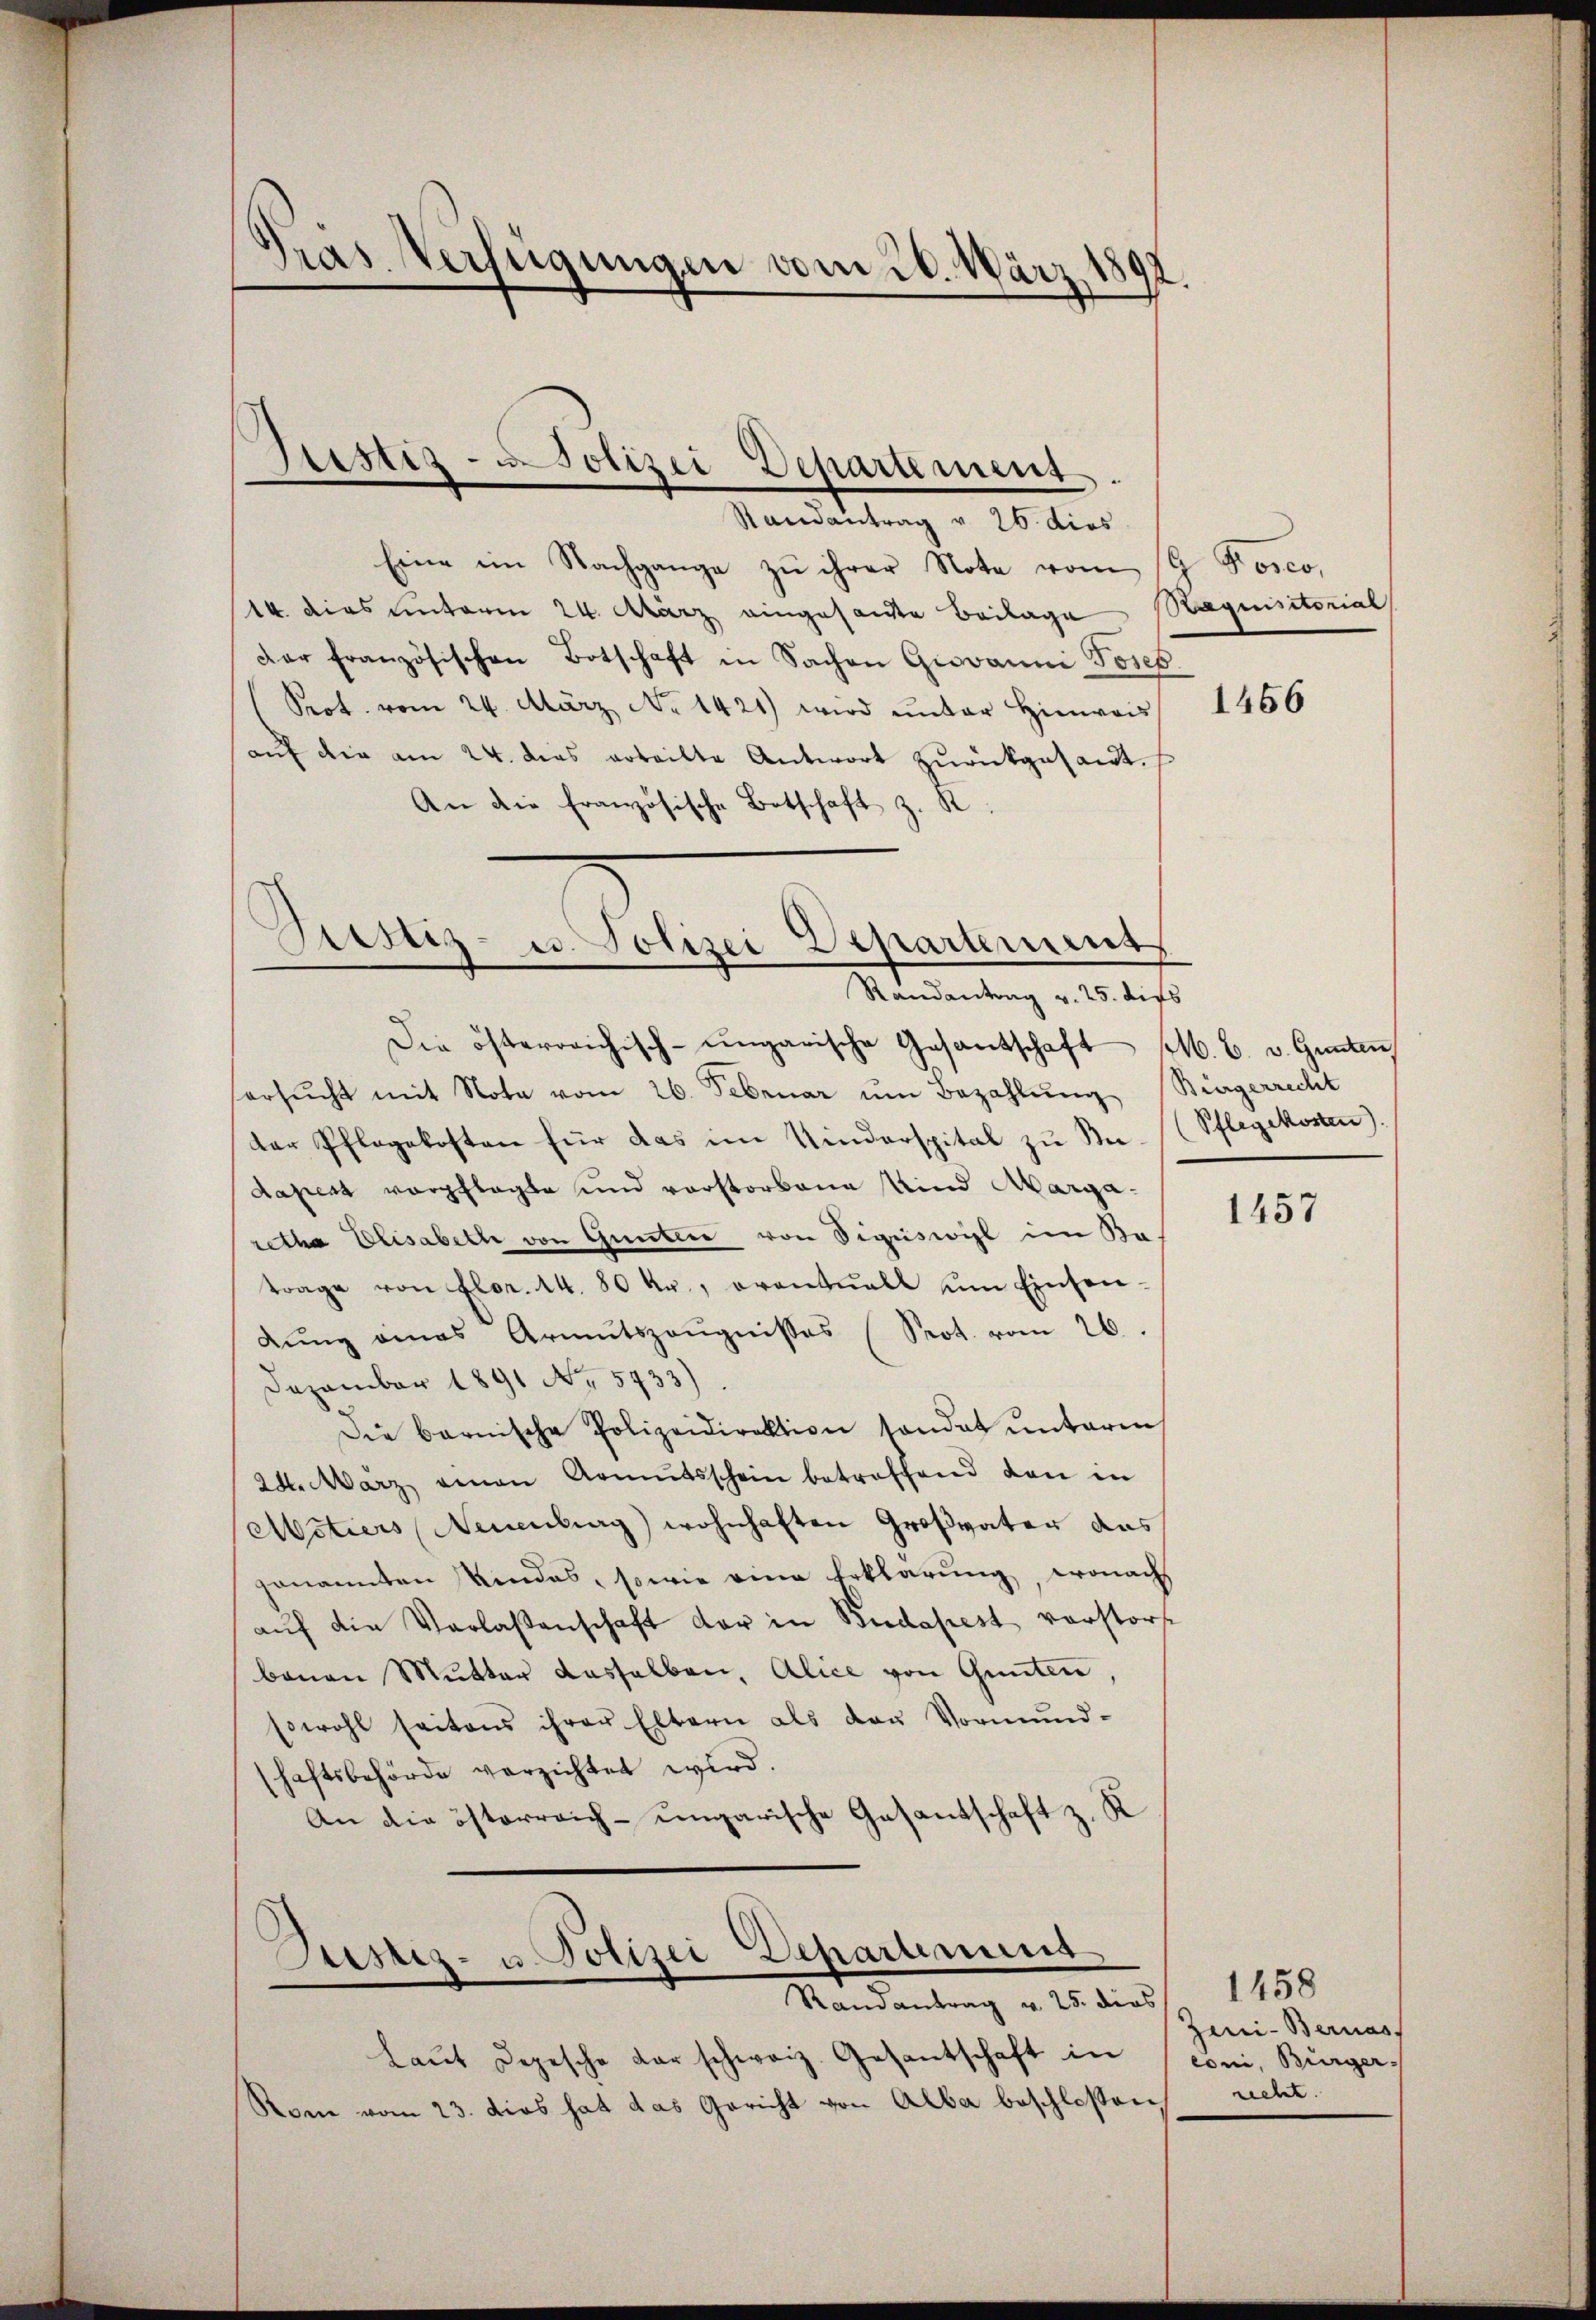
Gras Verfügungen vom 26. März 1892.

Eine im Nachgange zu ihrer Note vom 19 Dosco,
14. dies unterm 24. März eingesandte Beilage
der französischen Botschaft in Sachen Giovanni Josep
Prot. vom 24. März No. 1421) wird unter Hinweis
auf die am 24. dies erteilte Antwort zurückgesandt.
An die französische Botschaft z. R

.

Justiz - Polizei Departement.
Randantrag v. 26. dies

Justiz- u. Polizei Departement
Randantrag v. 25. dies

Justiz- u. Polizei Departimung
Randantrag u. 25. dies

laŭt Depesche darschweiz. Gesantschaft in
Rone vom 23. dies hat das Gericht von Alba beschloßen,

Requisitorial

Die österreichisch-ungarische Gesantschaft (M. C. v. Gunten,
ersŭcht mit Nota vom 26. Februar um Bezahlung Stiegerrecht
der Pflegekosten für das im Kinderspital zu Be- (Pflegekosten).
dapest vorgelagte und vorstorbene Unnd Margaretha Elisabethe von Guntere von Sigiswil im Sa
trage von Flor 14. 80 kr., eventuell ŭm Einsen-
dŭng eines Armutszeŭgnisses (Srot. vom 26.
Dezember 1891 No 5733).
Die barnische Polizeidirektion sondet unterm
24. März einen Armŭtsschein betreffend den in
Mitiers Neuenburg) wohnhaften Großvater das
genannten Kindes, sowie eine Erklärung, wonach
aŭf die Verlaßenschaft der in Budapest verstorf
banen Mutter dasselben, Alice von Gunten,
Eswohl seitens ihrer Eltern als das Vormŭnd-
shaftsbehörde verzichtet wird.
An die österreich-ungarische Gesantschaft z. R.

1456

1457

1458
Zeni- Bernas
coni, Bürger
necht.